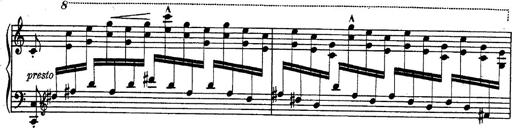
Title: Fantasie Ã¼ber Themen aus Mozarts Figaro und Don Giovanni
Composer: Franz Liszt